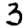
Digit: 3